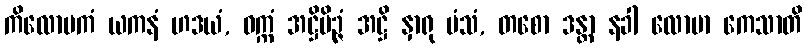
ကိလောမကံ ယကနံ ဟဒယံ, ဝက္ကံ အဋ္ဌိမိဉ္ဇံ အဋ္ဌိ နှာရု မံသံ, တစော ဒန္တာ နခါ လောမာ ကေသာတိ